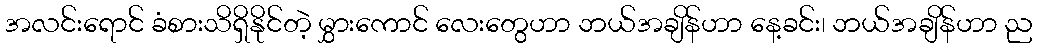
အလင်းရောင် ခံစားသိရှိနိုင်တဲ့ မွှားကောင် လေးတွေဟာ ဘယ်အချိန်ဟာ နေ့ခင်း၊ ဘယ်အချိန်ဟာ ည